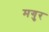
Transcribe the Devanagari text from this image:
मगुर